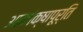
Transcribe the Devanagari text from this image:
आकांक्षापूर्ति